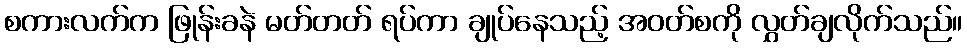
စကားလက်က ဖြုန်းခနဲ မတ်တတ် ရပ်ကာ ချုပ်နေသည့် အဝတ်စကို လွှတ်ချလိုက်သည်။